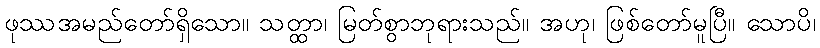
ဖုဿအမည်တော်ရှိသော။ သတ္ထာ၊ မြတ်စွာဘုရားသည်။ အဟု၊ ဖြစ်တော်မူပြီ။ သောပိ၊